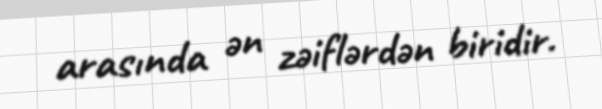
arasında ən zəiflərdən biridir.